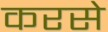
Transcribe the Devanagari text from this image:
करसे